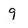
Character: 9